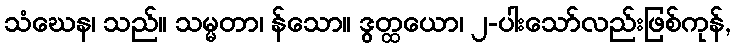
သံဃေန၊ သည်။ သမ္မတာ၊ န်သော။ ဒွတ္ထယော၊ ၂-ပါးသော်လည်းဖြစ်ကုန်,